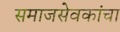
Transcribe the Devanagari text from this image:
समाजसेवकांचा